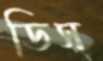
ডিস্